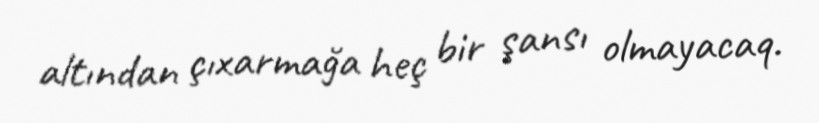
altından çıxarmağa heç bir şansı olmayacaq.